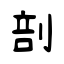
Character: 剖